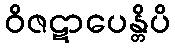
ဝိဇဋာပေန္တိပိ